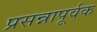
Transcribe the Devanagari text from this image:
प्रसन्नापूर्वक